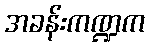
အခန်းကဏ္ဍက